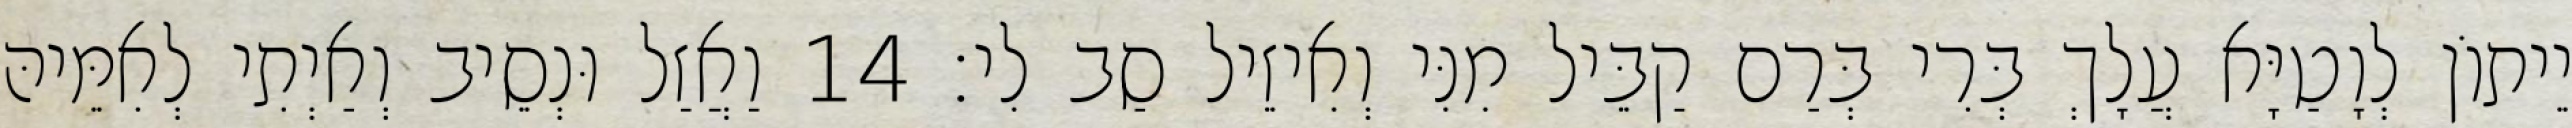
יֵיתוֹן לְוָטַיָּא עֲלָךְ בְּרִי בְּרַם קַבֵּיל מִנִּי וְאִיזֵיל סַב לִי׃ 14 וַאֲזַל וּנְסֵיב וְאַיְתִי לְאִמֵּיהּ